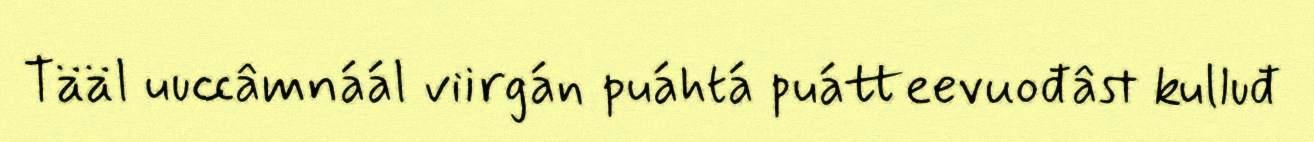
Tääl uuccâmnáál viirgán puáhtá puátteevuođâst kulluđ